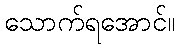
သောက်ရအောင်။